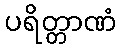
ပရိတ္တာဏံ